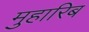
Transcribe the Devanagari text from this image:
मुहारिब